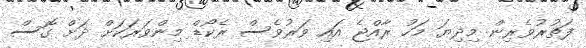
ފަތުރުވެރިން މިދިޔަ މަހު ރާއްޖެ އައި ވަރުވެސް ރެކޯޑް މިންވަރަކަށް ދަށް ގޮސް